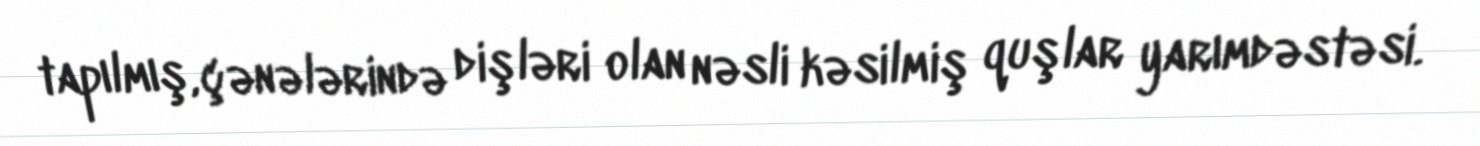
tapılmış, çənələrində dişləri olan nəsli kəsilmiş quşlar yarımdəstəsi.